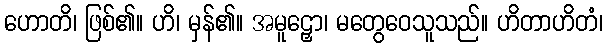
ဟောတိ၊ ဖြစ်၏။ ဟိ၊ မှန်၏။ အမူဠှော၊ မတွေဝေသူသည်။ ဟိတာဟိတံ၊